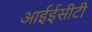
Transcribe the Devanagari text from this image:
आईईसीटी